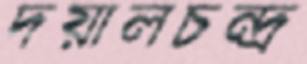
দয়ালচন্দ্র